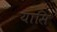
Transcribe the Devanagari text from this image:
यासि